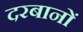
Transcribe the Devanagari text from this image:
दरबानों